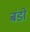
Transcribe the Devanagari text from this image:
बंडो